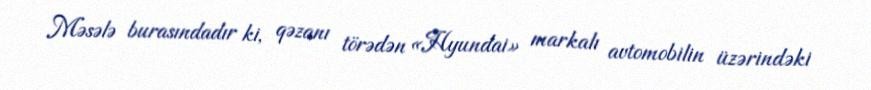
Məsələ burasındadır ki, qəzanı törədən «Hyundai» markalı avtomobilin üzərindəki